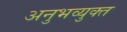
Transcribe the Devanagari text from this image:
अनुभव्युक्त